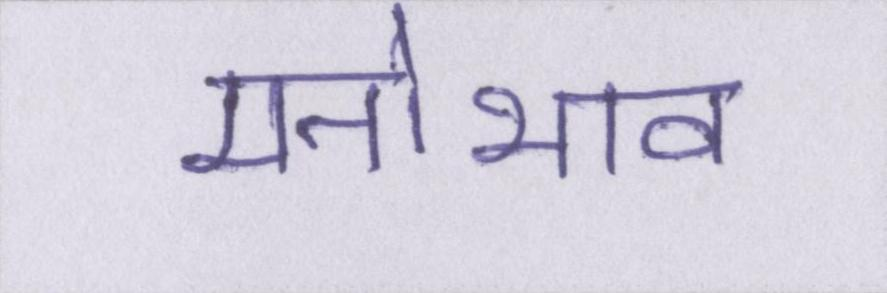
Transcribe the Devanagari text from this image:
मनोभाव